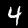
Label: 4